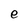
Character: e